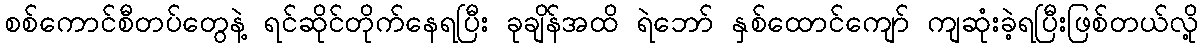
စစ်ကောင်စီတပ်တွေနဲ့ ရင်ဆိုင်တိုက်နေရပြီး ခုချိန်အထိ ရဲဘော် နှစ်ထောင်ကျော် ကျဆုံးခဲ့ရပြီးဖြစ်တယ်လို့